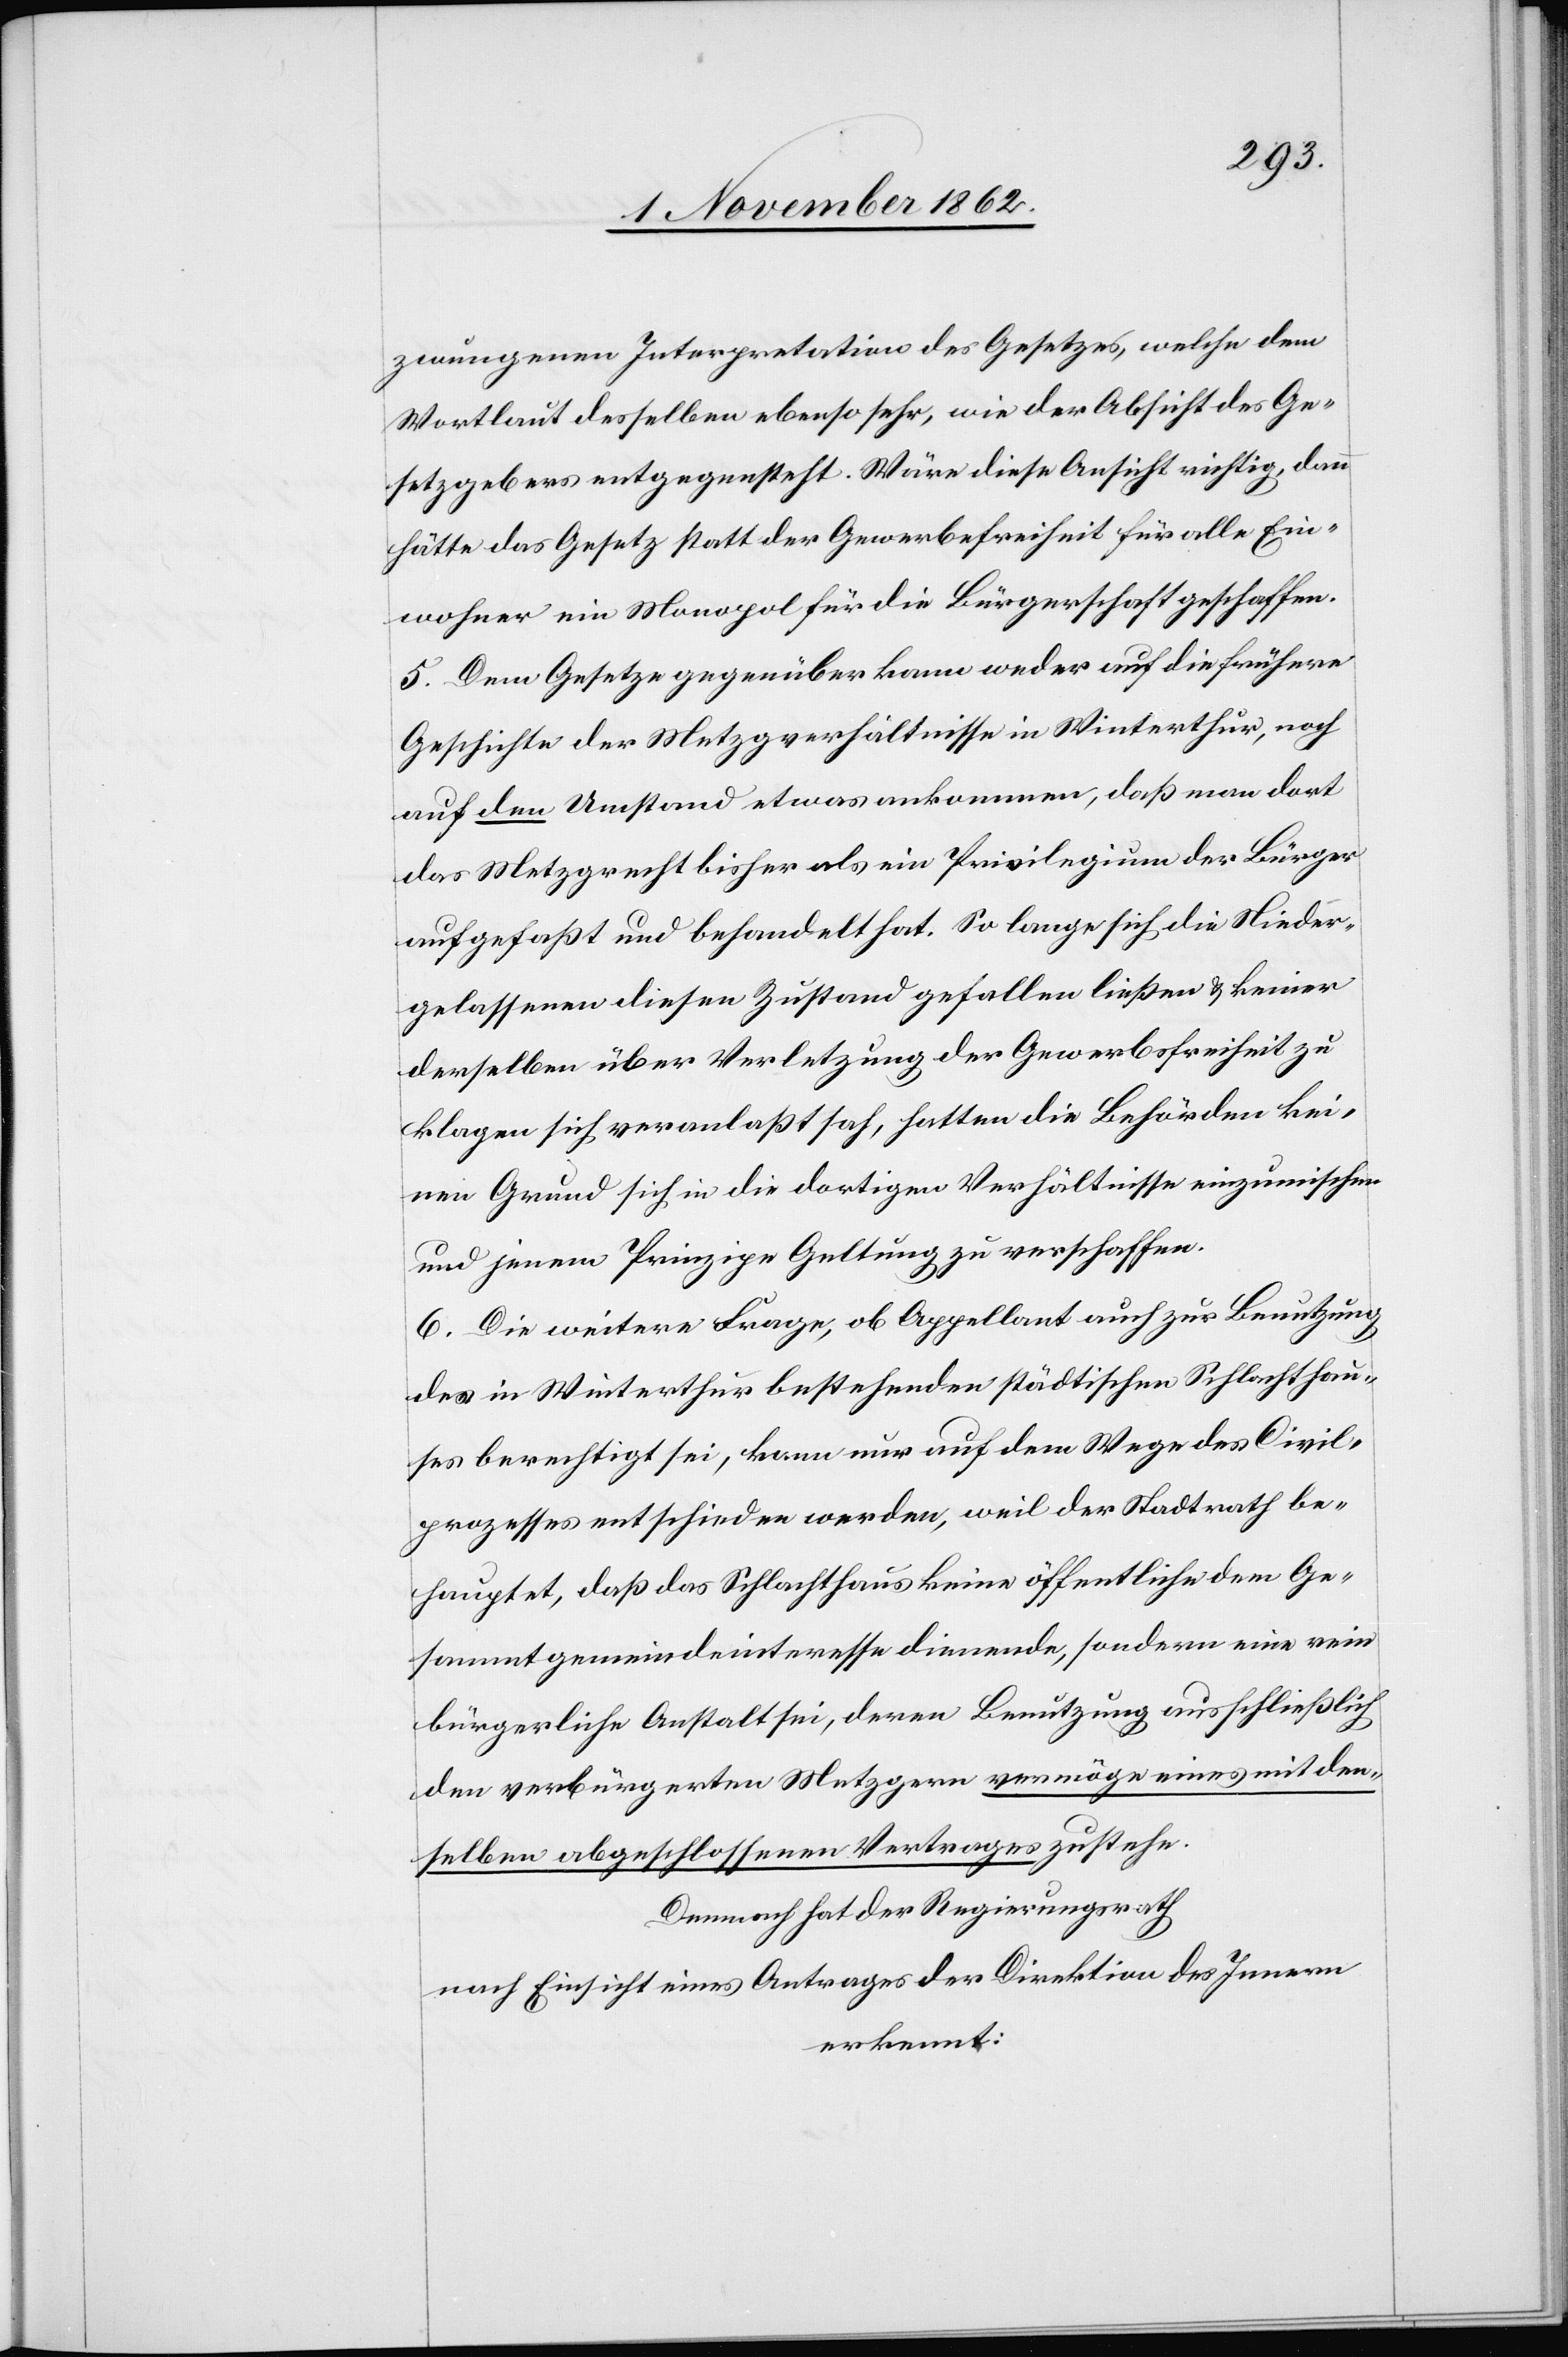
zwungenen Interpretation des Gesetzes, welche dem
Wortlaut desselben ebenso sehr, wie der Absicht des Ge¬
setzgebers entgegensteht. Wäre diese Ansicht richtig, dann
hätte das Gesetz statt der Gewerbefreiheit für alle Ein¬
wohner ein Monopol für die Bürgerschaft geschaffen.
5. Dem Gesetze gegenüber kann weder auf die frühere
Geschichte der Metzgverhältnisse in Winterthur, noch
auf den Umstand etwas ankommen, daß man dort
das Metzgrecht bisher als ein Privilegium der Bürger
aufgefaßt und behandelt hat. So lange sich die Nieder¬
gelassenen diesen Zustand gefallen laßen u. keiner
derselben über Verletzung der Gewerbsfreiheit zu
klagen sich veranlaßt sah, hatten die Behörden kei¬
nen Grund sich in die dortigen Verhältnisse einzumischen
und jenem Prinzipe Geltung zu verschaffen.
6. Die weitere Frage, ob Appellant auch zur Benutzung
des in Winterthur bestehenden städtischen Schlachthau¬
ses berechtigt sei, kann nur auf dem Wege des Civil¬
prozesses entschieden werden, weil der Stadtrath be¬
hauptet, daß das Schlachthaus keine öffentliche dem Ge¬
sammtgemeindeinteresse dienende, sondern eine rein
bürgerliche Anstalt sei, deren Benutzung ausschließlich
den verbürgerten Metzgen vermöge eines mit dem¬
selben abgeschlossenen Vertrages zustehe.
Demnach hat der Regierungsrath
nach Einsicht eines Antrages der Direktion des Innern
erkennt: